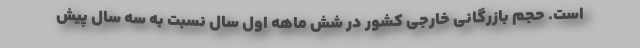
است. حجم بازرگانی خارجی کشور در شش ماهه اول سال نسبت به سه سال پیش